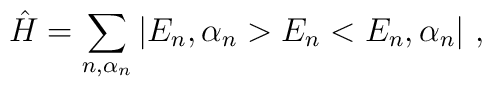
\hat{H}=\sum_{n,\alpha_n}|E_n,\alpha_n>E_n<E_n,\alpha_n|\ ,